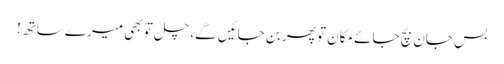
بس جان بچ جائے مکان تو پھر بن جائیں گے، چل توْ بھی میرے ساتھ!